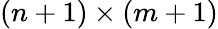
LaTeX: (n+1)\times(m+1)